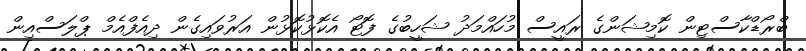
ބްރޯޑްކާސްޓިން ކޮމިޝަންގެ ރައީސް މުހައްމަދު ޝަހީބުގެ ފޮޓޯ އެކޮޅުކޮޅުން އަރުވައިގެން ދިއެފްއެމް ޕްލަސްއިން